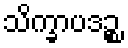
သိက္ခာပဒဉ္စ